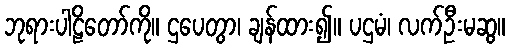
ဘုရားပါဠိတော်ကို။ ဌပေတွာ၊ ချန်ထား၍။ ပဌမံ၊ လက်ဦးမဆွ။